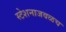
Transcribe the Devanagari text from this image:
स्टेशनाजवळच